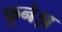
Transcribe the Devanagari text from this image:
फुनेझ